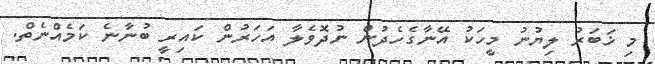
މި ޚަބަރު ލިޔުނު މީހަކު އޭނާގެހެދުން ނުދޮވެލާ އަހަރުން ކައިރީ ބުނާނެ ކަމެއްނެތް.